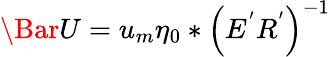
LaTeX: \Bar{U}=u_{m}\eta_{0}*\left(E^{'}R^{'}\right)^{-1}